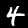
Digit: 4